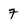
Character: 7